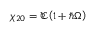
\chi _ { 2 0 } = { \mathfrak C } { \left( 1 + \hbar \Omega \right) }